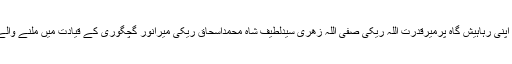
ان خیلات کا اظہار انہوں نے کراچی میں اپنی رہاہیش گاہ پرمیرقدرت اللہ ریکی صفی اللہ زھری سیدلطیف شاہ محمداسحاق ریکی میرانور گچگوری کے قیادت میں ملنے والے وفود سے بات چیت کرتے ہوئے کہی ۔